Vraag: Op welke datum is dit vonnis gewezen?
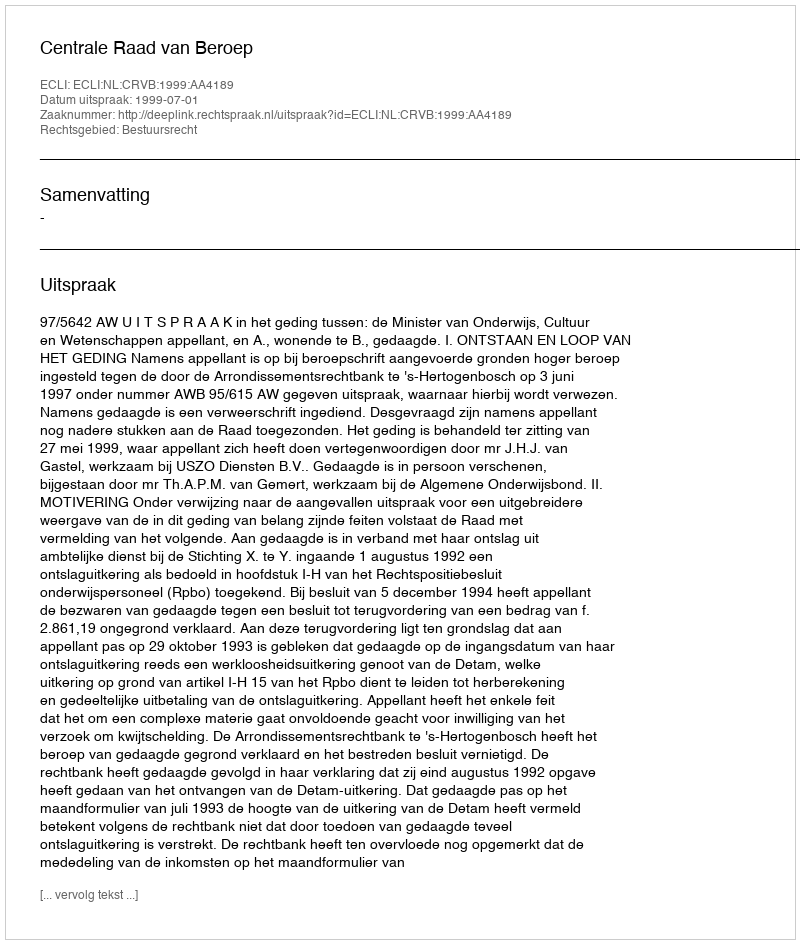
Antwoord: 1999-07-01